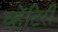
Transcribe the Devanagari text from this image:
व्हेंटिरी